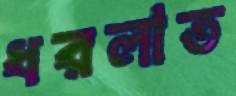
ধরলাত